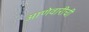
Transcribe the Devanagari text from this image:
आणेवारीची